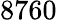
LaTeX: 8760